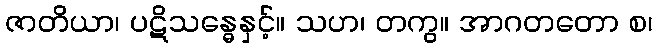
ဇာတိယာ၊ ပဋိသန္ဓေနှင့်။ သဟ၊ တကွ။ အာဂတတော စ၊